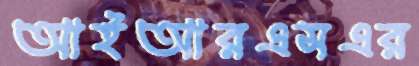
আইআরএসএর